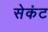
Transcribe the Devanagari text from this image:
सेकंट